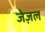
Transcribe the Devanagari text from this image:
जेज़ल